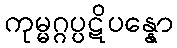
ကုမ္မဂ္ဂပ္ပဋိပန္နော